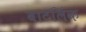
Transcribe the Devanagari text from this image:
बाटलिंक